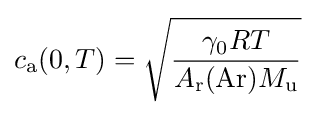
c_{\text{a}}(0,T)={\sqrt {\frac {\gamma _{0}RT}{A_{\text{r}}({\text{Ar}})M_{\text{u}}}}}